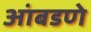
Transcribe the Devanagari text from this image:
आंबडणे